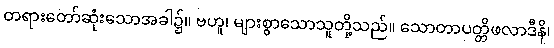
တရားတော်ဆုံးသောအခါ၌။ ဗဟူ၊ များစွာသောသူတို့သည်။ သောတာပတ္တိဖလာဒီနိ၊